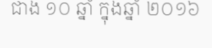
ជាង ១០ ឆ្នាំ ក្នុងឆ្នាំ ២០១៦